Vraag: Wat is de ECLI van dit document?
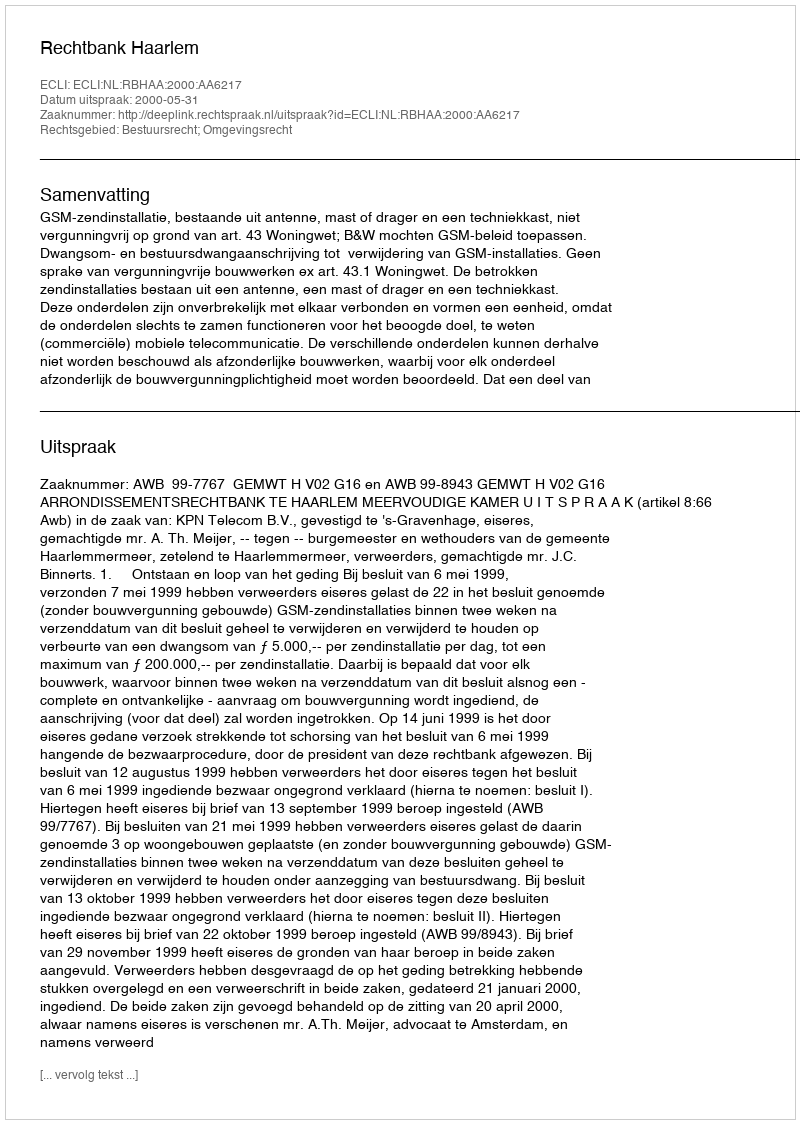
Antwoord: ECLI:NL:RBHAA:2000:AA6217